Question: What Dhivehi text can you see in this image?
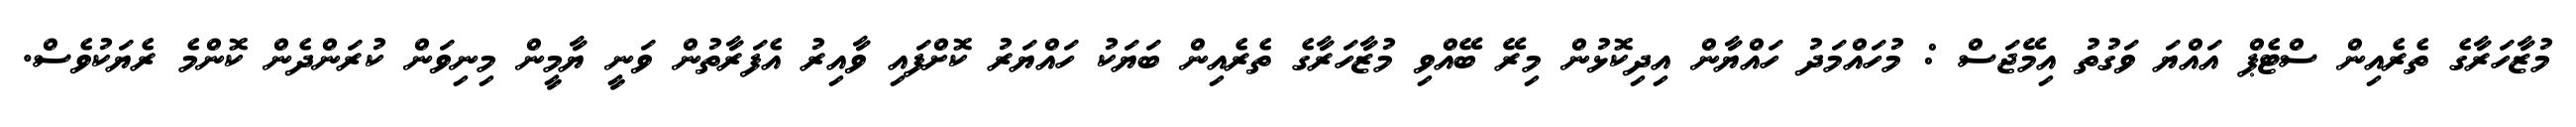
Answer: މުޒާހަރާގެ ތެރެއިން ސްޓެޕް އައްޔަ ވަގުތު އިމޭޖަސް : މުހައްމަދު ހައްޔާން އިދިކޮޅުން މިރޭ ބޭއްވި މުޒާހަރާގެ ތެރެއިން ބަޔަކު ހައްޔަރު ކޮށްފައި ވާއިރު އެފަރާތުން ވަނީ ޔާމީން މިނިވަން ކުރަންދެން ކޮންމެ ރެޔަކުވެސް.